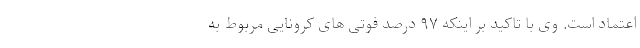
اعتماد است. وی با تاکید بر اینکه ۹۷ درصد فوتی های کرونایی مربوط به